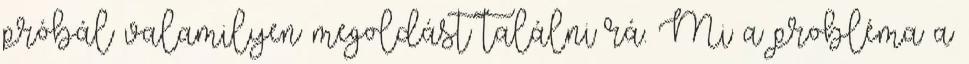
próbál valamilyen megoldást találni rá. Mi a probléma a